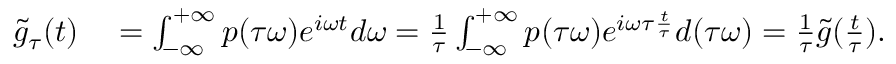
\begin{array} { r l } { \tilde { g } _ { \tau } ( t ) } & { { } = \int _ { - \infty } ^ { + \infty } p ( \tau \omega ) e ^ { i \omega t } d \omega = \frac { 1 } { \tau } \int _ { - \infty } ^ { + \infty } p ( \tau \omega ) e ^ { i \omega \tau \frac { t } { \tau } } d ( \tau \omega ) = \frac { 1 } { \tau } \tilde { g } ( \frac { t } { \tau } ) . } \end{array}